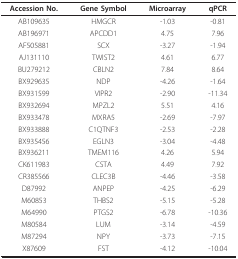
| Accession No. | Gene Symbol | Microarray | qPCR |
 | --- | --- | --- | --- |
 | AB109635 | HMGCR | -1.03 | -0.81 |
 | AB196971 | APCDD1 | 4.75 | 7.96 |
 | AF505881 | SCX | -3.27 | -1.94 |
 | AJ131110 | TWIST2 | 4.61 | 6.77 |
 | BU279212 | CBLN2 | 7.84 | 8.64 |
 | BX929635 | NDP | -4.26 | -1.64 |
 | BX931599 | VIPR2 | -2.90 | -11.34 |
 | BX932694 | MPZL2 | 5.51 | 4.16 |
 | BX933478 | MXRA5 | -2.69 | -7.97 |
 | BX933888 | C1QTNF3 | -2.53 | -2.28 |
 | BX935456 | EGLN3 | -3.04 | -4.48 |
 | BX936211 | TMEM116 | 4.26 | 5.94 |
 | CK611983 | CSTA | 4.49 | 7.92 |
 | CR385566 | CLEC3B | -4.46 | -3.58 |
 | D87992 | ANPEP | -4.25 | -6.29 |
 | M60853 | THBS2 | -5.15 | -5.28 |
 | M64990 | PTGS2 | -6.78 | -10.36 |
 | M80584 | LUM | -3.14 | -4.59 |
 | M87294 | NPY | -3.73 | -7.15 |
 | X87609 | FST | -4.12 | -10.04 |